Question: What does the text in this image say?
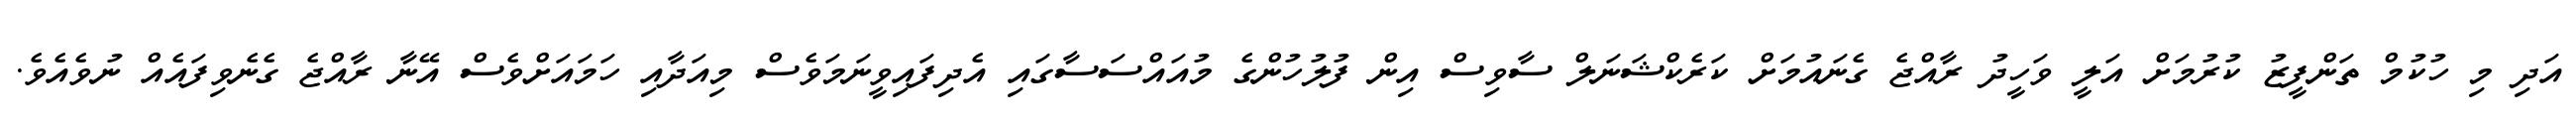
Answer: އަދި މި ހުކުމް ތަންފީޒު ކުރުމަށް އަލީ ވަހީދު ރާއްޖެ ގެނައުމަށް ކަރެކްޝަނަލް ސާވިސް އިން ފުލުހުންގެ މުއައްސަސާގައި އެދިފައިވީނަމަވެސް މިއަދާއި ހަމައަށްވެސް އޭނާ ރާއްޖެ ގެނެވިފައެއް ނުވެއެވެ.